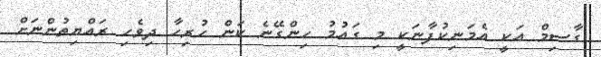
ގާސިމް އަކީ އެމަނިކުފާނަކީ މި ގައުމު ހިންގޭނެ ކަން ހުރިހާ ދިވެހި ރައްޔިތުންނަށް